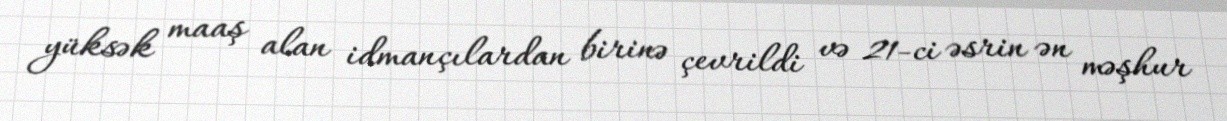
yüksək maaş alan idmançılardan birinə çevrildi və 21-ci əsrin ən məşhur